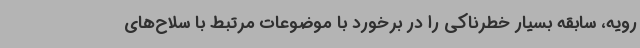
رویه، سابقه بسیار خطرناکی را در برخورد با موضوعات مرتبط با سلاح‌های